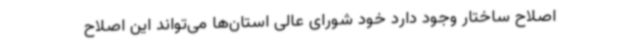
اصلاح ساختار وجود دارد خود شورای عالی استان‌ها می‌تواند این اصلاح